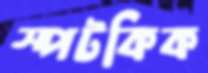
স্পটকিক